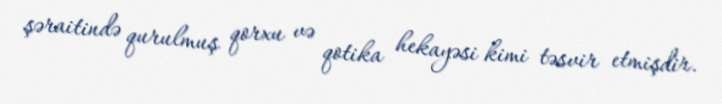
şəraitində qurulmuş qorxu və qotika hekayəsi kimi təsvir etmişdir.